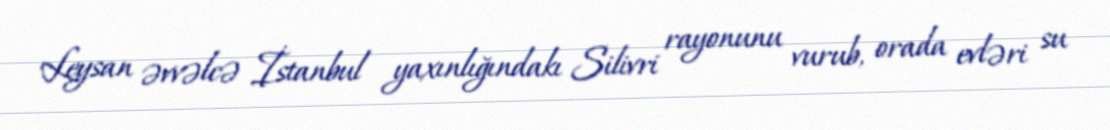
Leysan əvvəlcə İstanbul yaxınlığındakı Silivri rayonunu vurub, orada evləri su